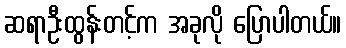
ဆရာဦးထွန်းတင့်က အခုလို ပြောပါတယ်။